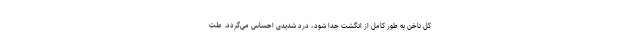
کل ناخن به طور کامل از انگشت جدا شود، درد شدیدی احساس می‌گردد. علت